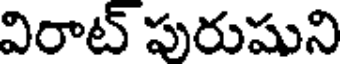
విరాట్ పురుషుని